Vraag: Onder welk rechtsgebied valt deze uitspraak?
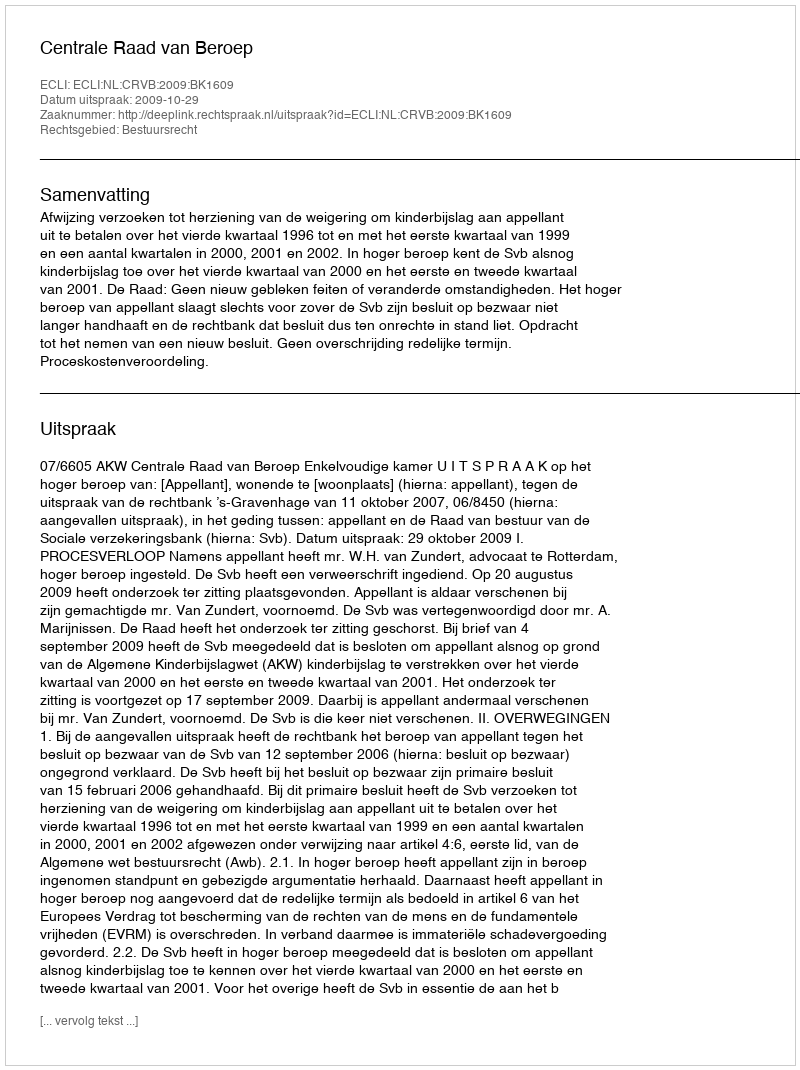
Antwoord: Bestuursrecht